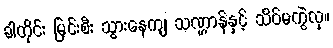
ခါတိုင်း မြင်းစီး သွားနေကျ သဏ္ဌာန်နှင့် သိပ်မကွဲလှ။